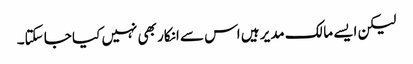
لیکن ایسے مالک مدیر ہیں اس سے انکار بھی نہیں کیا جا سکتا۔